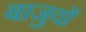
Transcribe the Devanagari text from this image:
बाजुयों